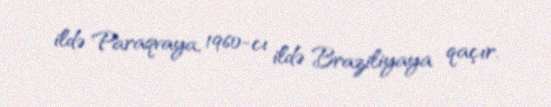
ildə Paraqvaya, 1960-cı ildə Braziliyaya qaçır.